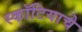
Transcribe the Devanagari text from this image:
स्कॉटियाचे